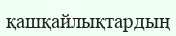
қашқайлықтардың